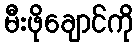
မီးဖိုချောင်ကို